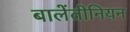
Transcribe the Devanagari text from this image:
बालेंतीनियन